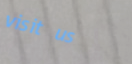
visit us